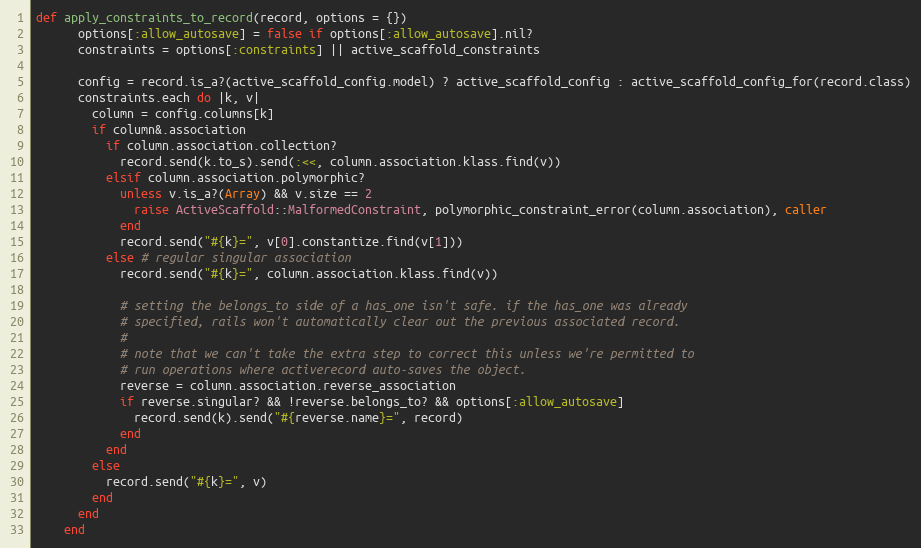
Language: Ruby
def apply_constraints_to_record(record, options = {})
      options[:allow_autosave] = false if options[:allow_autosave].nil?
      constraints = options[:constraints] || active_scaffold_constraints

      config = record.is_a?(active_scaffold_config.model) ? active_scaffold_config : active_scaffold_config_for(record.class)
      constraints.each do |k, v|
        column = config.columns[k]
        if column&.association
          if column.association.collection?
            record.send(k.to_s).send(:<<, column.association.klass.find(v))
          elsif column.association.polymorphic?
            unless v.is_a?(Array) && v.size == 2
              raise ActiveScaffold::MalformedConstraint, polymorphic_constraint_error(column.association), caller
            end
            record.send("#{k}=", v[0].constantize.find(v[1]))
          else # regular singular association
            record.send("#{k}=", column.association.klass.find(v))

            # setting the belongs_to side of a has_one isn't safe. if the has_one was already
            # specified, rails won't automatically clear out the previous associated record.
            #
            # note that we can't take the extra step to correct this unless we're permitted to
            # run operations where activerecord auto-saves the object.
            reverse = column.association.reverse_association
            if reverse.singular? && !reverse.belongs_to? && options[:allow_autosave]
              record.send(k).send("#{reverse.name}=", record)
            end
          end
        else
          record.send("#{k}=", v)
        end
      end
    end